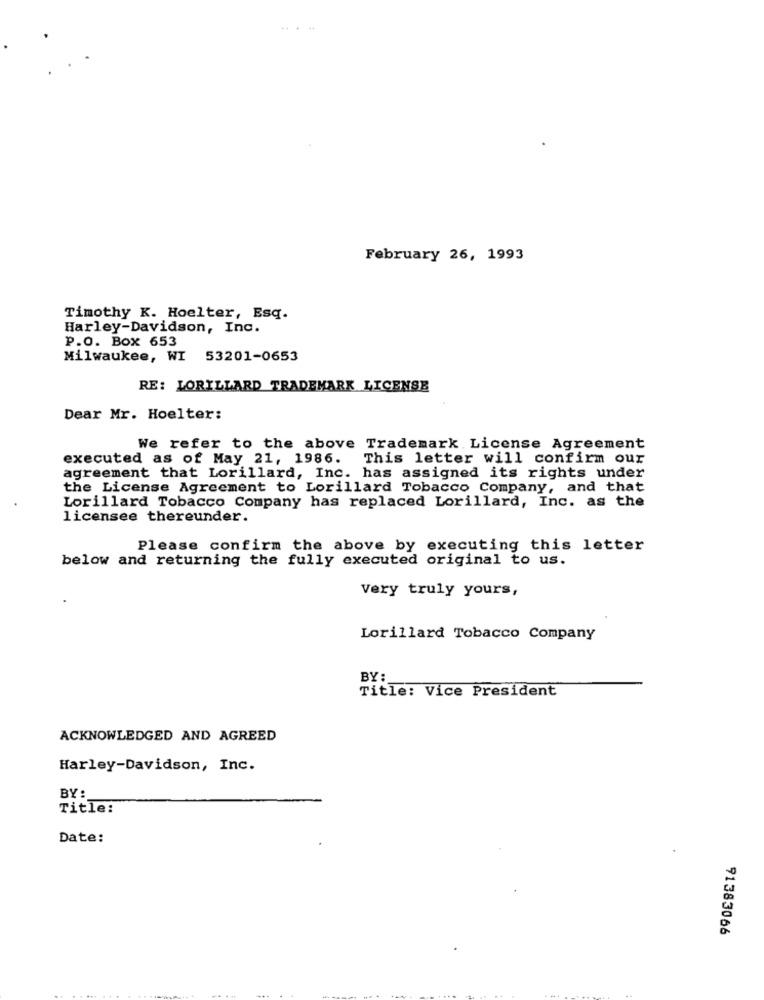
February 26, 1993
Timothy K. Hoelter, Esq.
Harley-Davidson, Inc.
P.O. Box 653
Milwaukee, WI 53201-0653
RE: LORILLARD TRADEMARK LICENSE
Dear Mr. Hoelter:
We refer to the above Trademark License Agreement
executed as of May 21, 1986.
This letter will confirm our
agreement that Lorillard, Inc. has assigned its rights under
the License Agreement to Lorillard Tobacco Company, and that
Lorillard Tobacco Company has replaced Lorillard, Inc. as the
licensee thereunder.
Please confirm the above by executing this letter
below and returning the fully executed original to us.
Very truly yours,
Lorillard Tobacco Company
BY:
Title: Vice President
ACKNOWLEDGED AND AGREED
Harley-Davidson, Inc.
BY:
Title:
Date:
91383066